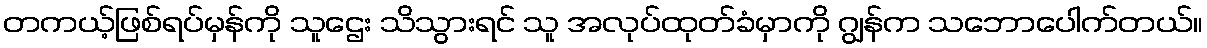
တကယ့်ဖြစ်ရပ်မှန်ကို သူဌေး သိသွားရင် သူ အလုပ်ထုတ်ခံမှာကို ဂျွန်က သဘောပေါက်တယ်။